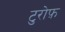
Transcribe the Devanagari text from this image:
टुरोफ़